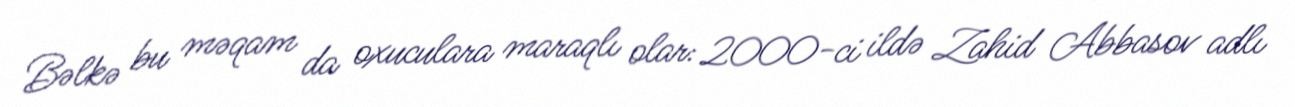
Bəlkə bu məqam da oxuculara maraqlı olar: 2000-ci ildə Zahid Abbasov adlı